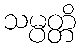
သမ္ပတ္တိ